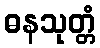
ဓနသုတ္တံ